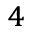
^ 4